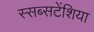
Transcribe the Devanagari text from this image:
स्सब्सटेंशिया